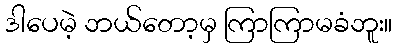
ဒါပေမဲ့ ဘယ်တော့မှ ကြာကြာမခံဘူး။